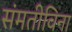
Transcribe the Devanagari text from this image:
संमतीविना